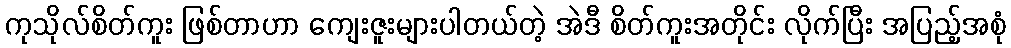
ကုသိုလ်စိတ်ကူး ဖြစ်တာဟာ ကျေးဇူးများပါတယ်တဲ့ အဲဒီ စိတ်ကူးအတိုင်း လိုက်ပြီး အပြည့်အစုံ